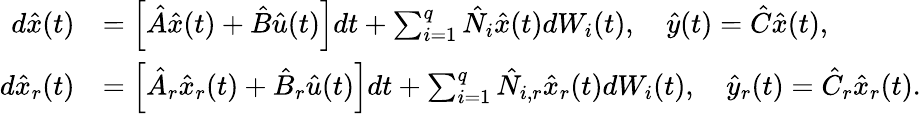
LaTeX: \begin{array}{rl}{d\hat{x}(t)}&{=\left[\hat{A}\hat{x}(t)+\hat{B}\hat{u}(t)\right]dt+\sum_{i=1}^{q}\hat{N}_{i}\hat{x}(t)dW_{i}(t),\quad\hat{y}(t)=\hat{C}\hat{x}(t),}\\ {d\hat{x}_{r}(t)}&{=\left[\hat{A}_{r}\hat{x}_{r}(t)+\hat{B}_{r}\hat{u}(t)\right]dt+\sum_{i=1}^{q}\hat{N}_{i,r}\hat{x}_{r}(t)dW_{i}(t),\quad\hat{y}_{r}(t)=\hat{C}_{r}\hat{x}_{r}(t).}\end{array}